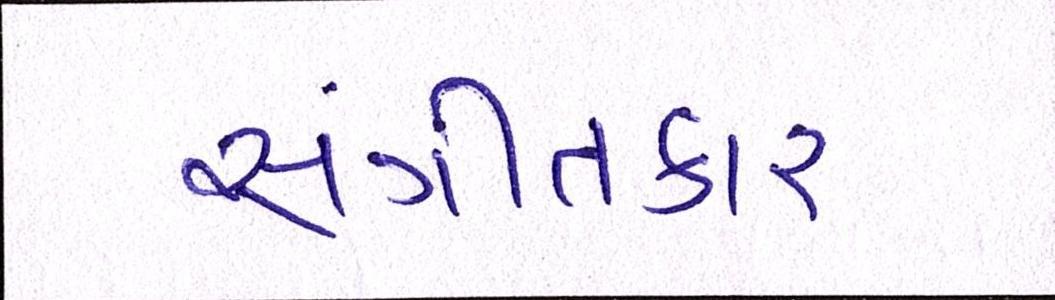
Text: સંગીતકાર